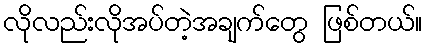
လိုလည်းလိုအပ်တဲ့အချက်တွေ ဖြစ်တယ်။